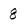
Character: 8